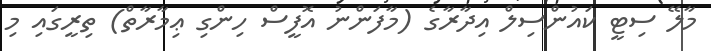
މާލޭ ސިޓީ ކައުންސިލް އިދާރާގެ (މާފަންނު އޮފީސް ހިންގި ޢިމާރާތް) ތިރީގައި މި